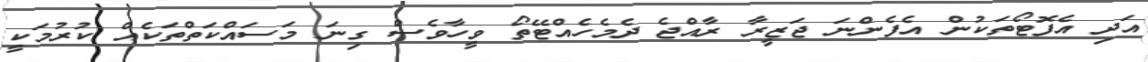
އަދި އެފޮޓޯތަކުން އެފެންނަ ޖަޒީރާ ރާއްޖެ ދެމެހެއްޓޭތޯ ވީހާވެސް ގިނަ މަސައްކަތްތަކެއް ކުރުމަކީ